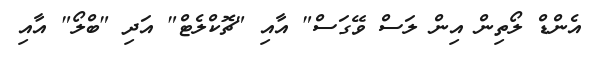
އެންޑް ލޯތިން އިން ލަސް ވޭގަސް" އާއި "ޗޮކްލެޓް" އަދި "ބްލޯ" އާއި